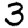
Digit: 3